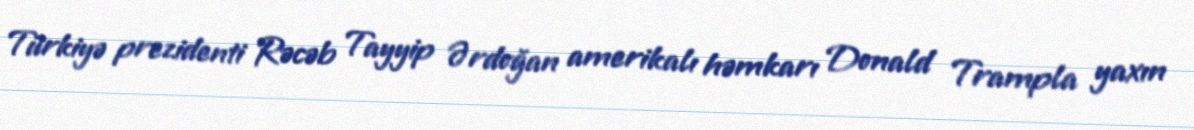
Türkiyə prezidenti Rəcəb Tayyip Ərdoğan amerikalı həmkarı Donald Trampla yaxın